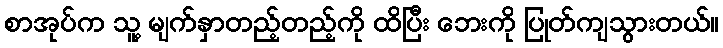
စာအုပ်က သူ့ မျက်နှာတည့်တည့်ကို ထိပြီး ဘေးကို ပြုတ်ကျသွားတယ်။